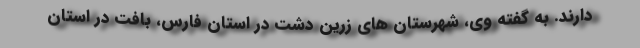
دارند. به گفته وی، شهرستان های زرین دشت در استان فارس، بافت در استان